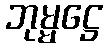
ဘုမ္မဋ္ဌေ